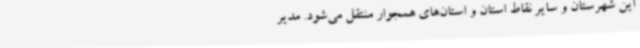
این شهرستان و سایر نقاط استان و استان‌های همجوار منتقل می‌شود. مدیر